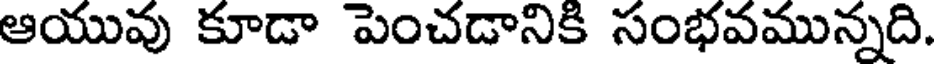
ఆయువు కూడా పెంచడానికి సంభవమున్నది.